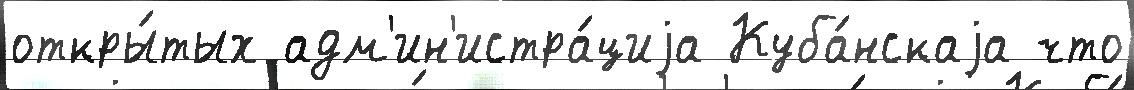
откры́тых адм'ин'истра́циjа Куба́нскаjа что